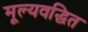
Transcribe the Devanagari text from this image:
मूल्यवद्धित